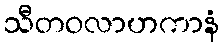
သီတဝလာဟကာနံ